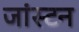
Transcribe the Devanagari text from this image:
जांस्टन